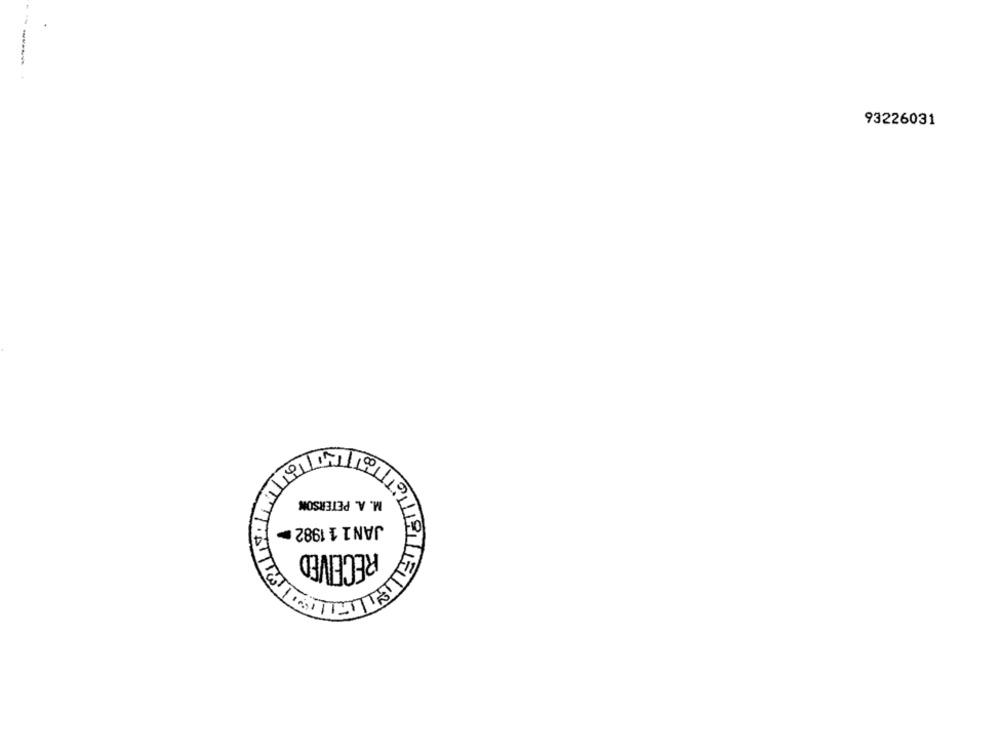
-----
93226031
M. A. PETERSON
JAN 1 1 1982
RECEIVED